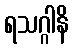
ရသဂ္ဂါနိ